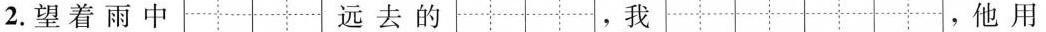
2.望着雨中 远去的 ，我 ，他用